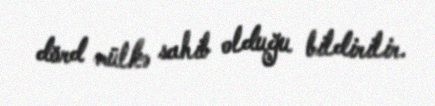
dörd mülkə sahib olduğu bildirilir.